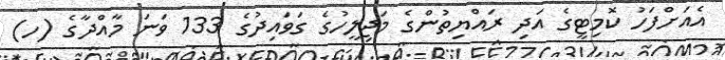
އެއަށްފަހު ކޮމިޓީގެ އަދި ރައްޔިތުންގެ މަޖިލީހުގެ ގަވައިދުގެ 133 ވަނަ މާއްދާގެ (ހ)